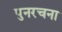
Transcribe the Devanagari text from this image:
पुनरचना